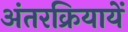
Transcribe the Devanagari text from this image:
अंतरक्रियायें